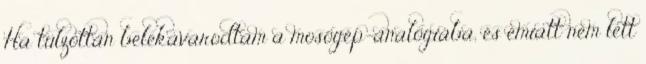
Ha túlzottan belekavarodtam a mosógép-analógiába, és emiatt nem lett